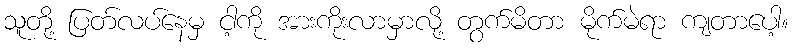
သူတို့ ပြတ်လပ်နေမှ ငါ့ကို အားကိုးလာမှာလို့ တွက်မိတာ မိုက်မဲရာ ကျတာပေါ့။